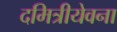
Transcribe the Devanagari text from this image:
दमित्रीयेवना